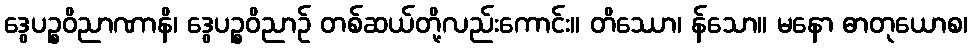
ဒွေပဉ္စဝိညာဏာနိ၊ ဒွေပဉ္စဝိညာဉ် တစ်ဆယ်တို့လည်းကောင်း။ တိဿော၊ န်သော။ မနော ဓာတုယောစ၊